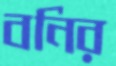
বনির